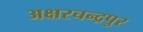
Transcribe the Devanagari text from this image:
अक्षरचन्द्रपुर